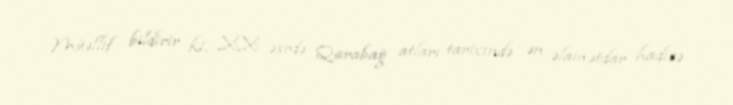
Müəllif bildirir ki, XX əsrdə Qarabağ atları tarixində ən əlamətdar hadisə